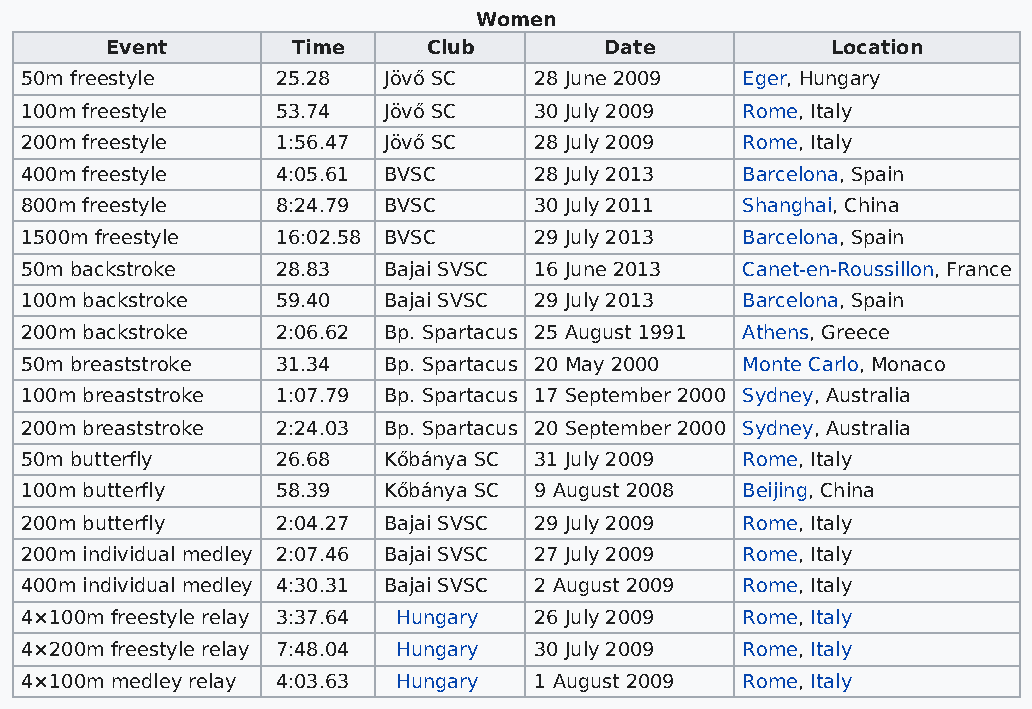
Women
 Event       Time     Club        Date           Location
 50m freestyle    25.28  Jövő SC   28 June 2009  Eger, Hungary
 100m freestyle   53.74  Jövő SC   30 July 2009  Rome, Italy
 200m freestyle   1:56.47 Jövő SC  28 July 2009  Rome, Italy
 400m freestyle   4:05.61 BVSC     28 July 2013  Barcelona, Spain
 800m freestyle   8:24.79 BVSC     30 July 2011  Shanghai, China
 1500m freestyle  16:02.58 BVSC    29 July 2013  Barcelona, Spain
 50m backstroke   28.83  Bajai SVSC 16 June 2013 Canet-en-Roussillon, France
 100m backstroke  59.40  Bajai SVSC 29 July 2013 Barcelona, Spain
 200m backstroke  2:06.62 Bp. Spartacus 25 August 1991 Athens, Greece
 50m breaststroke 31.34  Bp. Spartacus 20 May 2000 Monte Carlo, Monaco
 100m breaststroke 1:07.79 Bp. Spartacus 17 September 2000 Sydney, Australia
 200m breaststroke 2:24.03 Bp. Spartacus 20 September 2000 Sydney, Australia
 50m butterfly    26.68  Kőbánya SC 31 July 2009 Rome, Italy
 100m butterfly   58.39  Kőbánya SC 9 August 2008 Beijing, China
 200m butterfly   2:04.27 Bajai SVSC 29 July 2009 Rome, Italy
 200m individual medley 2:07.46 Bajai SVSC 27 July 2009 Rome, Italy
 400m individual medley 4:30.31 Bajai SVSC 2 August 2009 Rome, Italy
 4×100m freestyle relay 3:37.64 Hungary 26 July 2009 Rome, Italy
 4×200m freestyle relay 7:48.04 Hungary 30 July 2009 Rome, Italy
 4×100m medley relay 4:03.63 Hungary 1 August 2009 Rome, Italy